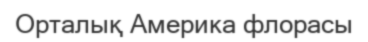
Орталық Америка флорасы